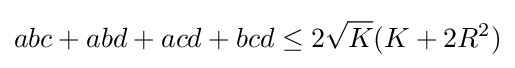
abc+abd+acd+bcd\leq 2{\sqrt {K}}(K+2R^{2})